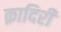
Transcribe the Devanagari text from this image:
क़ादिरी